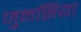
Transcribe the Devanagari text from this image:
जुनसिया